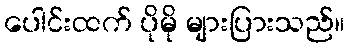
ပေါင်းထက် ပိုမို များပြားသည်။